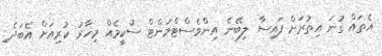
އެތައް ގުނަ އިތުރަށް ފައިސާ ލިބޭނެ އިންވެސްޓްމަންޓް ސުކީމެއް މިހާރު ކުރިއަށް އެބަދެ